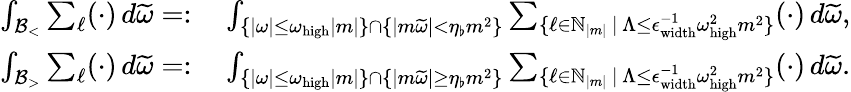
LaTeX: \begin{array}{rl}{\int_{\mathcal{B}_{<}}\sum_{\ell}(\cdot)\, d\widetilde{\omega}=:}&{\: \int_{\{ |\omega|\leq\omega_{\mathrm{high}}|m|\} \cap\{ \left|m\widetilde{\omega}\right|<\eta_{\flat}m^{2}\} }\sum_{\{ \ell\in\mathbb{N}_{|m|}\, |\, \Lambda\leq\epsilon_{\mathrm{width}}^{-1}\omega_{\mathrm{high}}^{2}m^{2}\} }(\cdot)\, d\widetilde{\omega},}\\ {\int_{\mathcal{B}_{>}}\sum_{\ell}(\cdot)\, d\widetilde{\omega}=:}&{\: \int_{\{ |\omega|\leq\omega_{\mathrm{high}}|m|\} \cap\{ \left|m\widetilde{\omega}\right|\geq\eta_{\flat}m^{2}\} }\sum_{\{ \ell\in\mathbb{N}_{|m|}\, |\, \Lambda\leq\epsilon_{\mathrm{width}}^{-1}\omega_{\mathrm{high}}^{2}m^{2}\} }(\cdot)\, d\widetilde{\omega}.}\end{array}